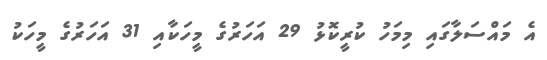
އެ މައްސަލާގައި މިމަހު ކުރީކޮޅު 29 އަހަރުގެ މީހަކާއި 31 އަހަރުގެ މީހަކު